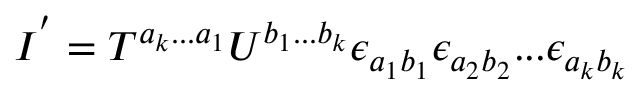
I ^ { ' } = T ^ { a _ { k } . . . a _ { 1 } } U ^ { b _ { 1 } . . . b _ { k } } \epsilon _ { a _ { 1 } b _ { 1 } } \epsilon _ { a _ { 2 } b _ { 2 } } . . . \epsilon _ { a _ { k } b _ { k } }